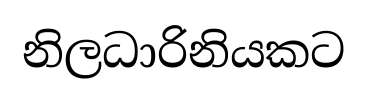
නිලධාරිනියකට